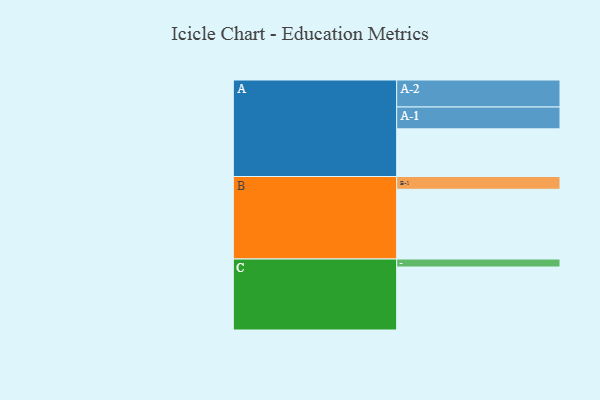
{"axis": {"x": "Segment", "y": "Value"}, "legend": ["", "A", "B", "C"], "data": [{"x": "A", "y": 388, "type": ""}, {"x": "B", "y": 568, "type": ""}, {"x": "C", "y": 513, "type": ""}, {"x": "A-1", "y": 178, "type": "A"}, {"x": "A-2", "y": 220, "type": "A"}, {"x": "B-1", "y": 104, "type": "B"}, {"x": "C-1", "y": 65, "type": "C"}]}